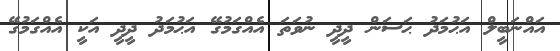
އައްނަބީލް އަޙުމަދު ޙަސަން ދީދީ ނުވަތަ އެއްގަމުގޭ އަޙުމަދު ދީދީ އަކީ އެއްގަމުގޭ